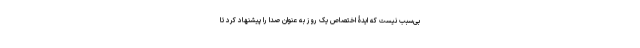
بی‌سبب نیست که ایدۀ اختصاص یک روز به عنوان صدا را پیشنهاد کرد تا